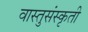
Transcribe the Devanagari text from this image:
वास्तुसंस्कृती